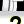
Digit: 2